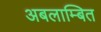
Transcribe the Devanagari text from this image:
अबलाम्बित